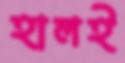
হালই